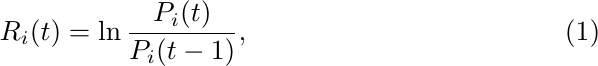
\begin{equation}\label{Eq_Ri}
R_{i}(t)=\ln \frac{P_{i}(t)}{P_{i}(t-1)},
\end{equation}